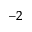
^ { - 2 }